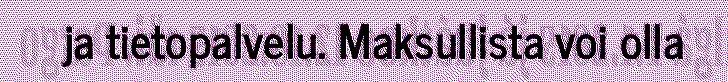
ja tietopalvelu. Maksullista voi olla